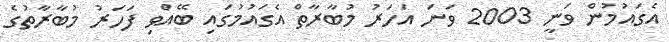
އެގައުމުން ވަނީ 2003 ވަނަ އަހަރު މުބާރާތް އެގައުމުގައި ބޭއްވި ފަހަރު މުބާރާތުގެ